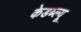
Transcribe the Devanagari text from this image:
केडब्ल्यू